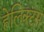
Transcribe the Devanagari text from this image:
हेलिक्टस